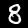
Digit: 8